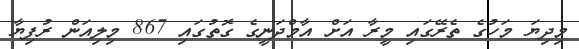
މިދިޔަ މަހުގެ ތެރޭގައި މީރާ އަށް އާމްދަނީގެ ގޮތުގައި 867 މިލިއަން ރުފިޔާ